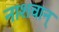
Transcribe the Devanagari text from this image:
नाशवान्‌